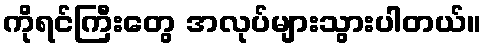
ကိုရင်ကြီးတွေ အလုပ်များသွားပါတယ်။